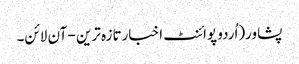
پشاور(اُردو پوائنٹ اخبارتازہ ترین - آن لائن۔